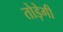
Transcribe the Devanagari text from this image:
तोड़ेगी